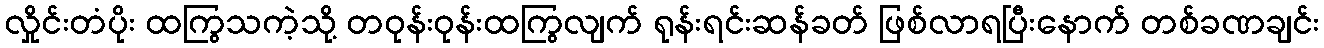
လှိုင်းတံပိုး ထကြွသကဲ့သို့ တဝုန်းဝုန်းထကြွလျက် ရုန်းရင်းဆန်ခတ် ဖြစ်လာရပြီးနောက် တစ်ခဏချင်း